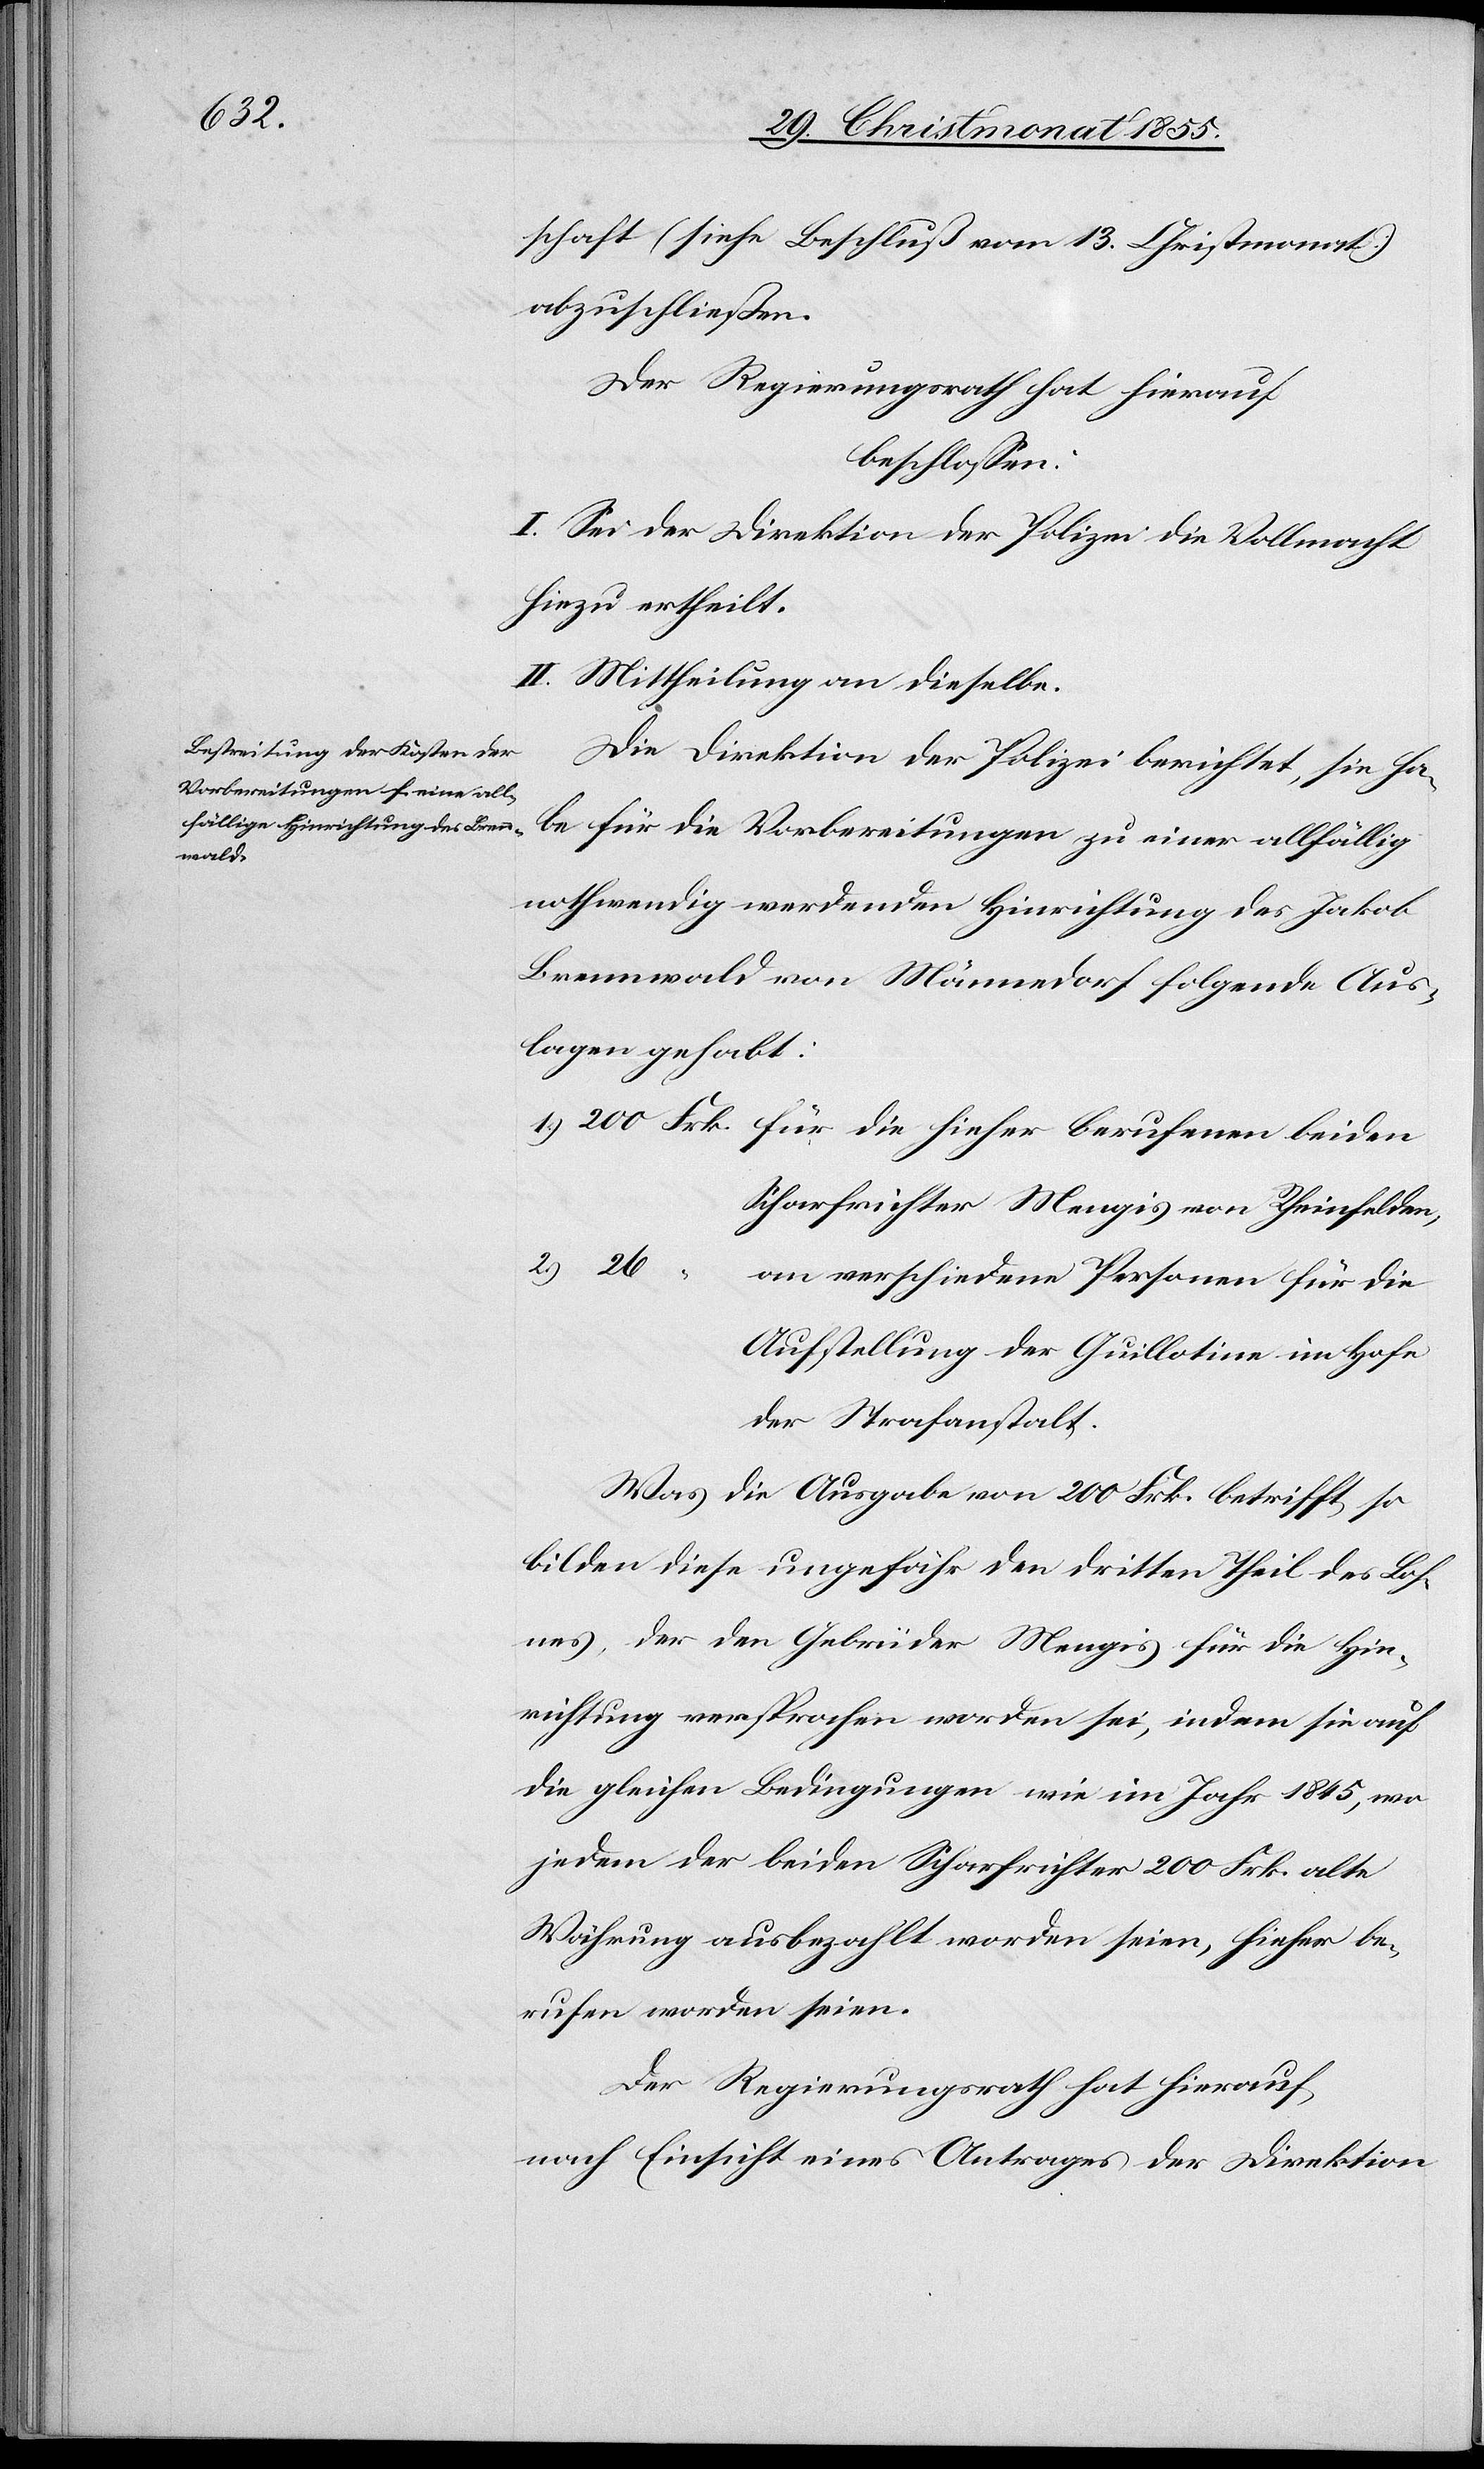
beiden

schaft (siehe Beschluß vom 13. Christmonat)
abzuschließen.
Der Regierungsrath hat hierauf
beschlossen:
I. Sei der Direktion der Polizei die Vollmacht
hiezu ertheilt.
II. Mittheilung an dieselbe.
Die Direktion der Polizei berichtet, sie ha¬
be für die Vorbereitungen zu einer allfällig
nothwendig werdenden Hinrichtung des Jakob
Brennwald von Männedorf folgende Aus¬
lagen gehabt:
Scharfrichter Mengis von Rheinfelden,
26 “
an verschiedene Personen für die
Aufstellung der Guillotine im Hofe
der Strafanstalt.
Was die Ausgabe von 200 Frk. betrifft, so
bilden diese ungefähr den dritten Theil des Loh¬
nes, der den Gebrüder Mengis für die Hin¬
richtung versprochen worden sei, indem sie auf
die gleichen Bedingungen wie im Jahr 1845, wo
jedem der beiden Scharfrichter 200 Frk. alte
Währung ausbezahlt worden seien, hieher be¬
rufen worden seien.
Der Regierungsrath hat hierauf,
nach Einsicht eines Antrages der Direktion